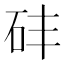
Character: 䂜